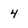
Character: 4